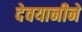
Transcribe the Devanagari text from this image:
देवयानीने